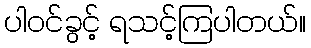
ပါဝင်ခွင့် ရသင့်ကြပါတယ်။